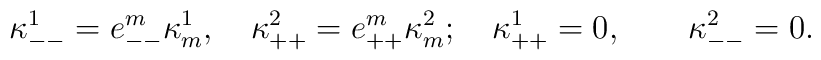
\kappa^1_{--}=e_{--}^m\kappa^1_m, \quad\kappa^2_{++}=e_{++}^m\kappa^2_m;\quad\kappa^1_{++}=0,  \quad\quad \kappa^2_{--}=0.